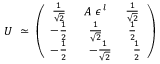
U \; \simeq \; \left( \begin{array} { c c c } { { \frac { 1 } { \sqrt { 2 } } } } & { { A \: \epsilon ^ { \: l } } } & { { \frac { 1 } { \sqrt { 2 } } } } \\ { { - \frac { 1 } { 2 } } } & { { \frac { 1 } { \sqrt { 2 } } } } & { { \frac { 1 } { 2 } } } \\ { { - \frac { 1 } { 2 } } } & { { \; \; \: - \frac { 1 } { \sqrt { 2 } } } } & { { \; \; \: \frac { 1 } { 2 } } } \end{array} \right)